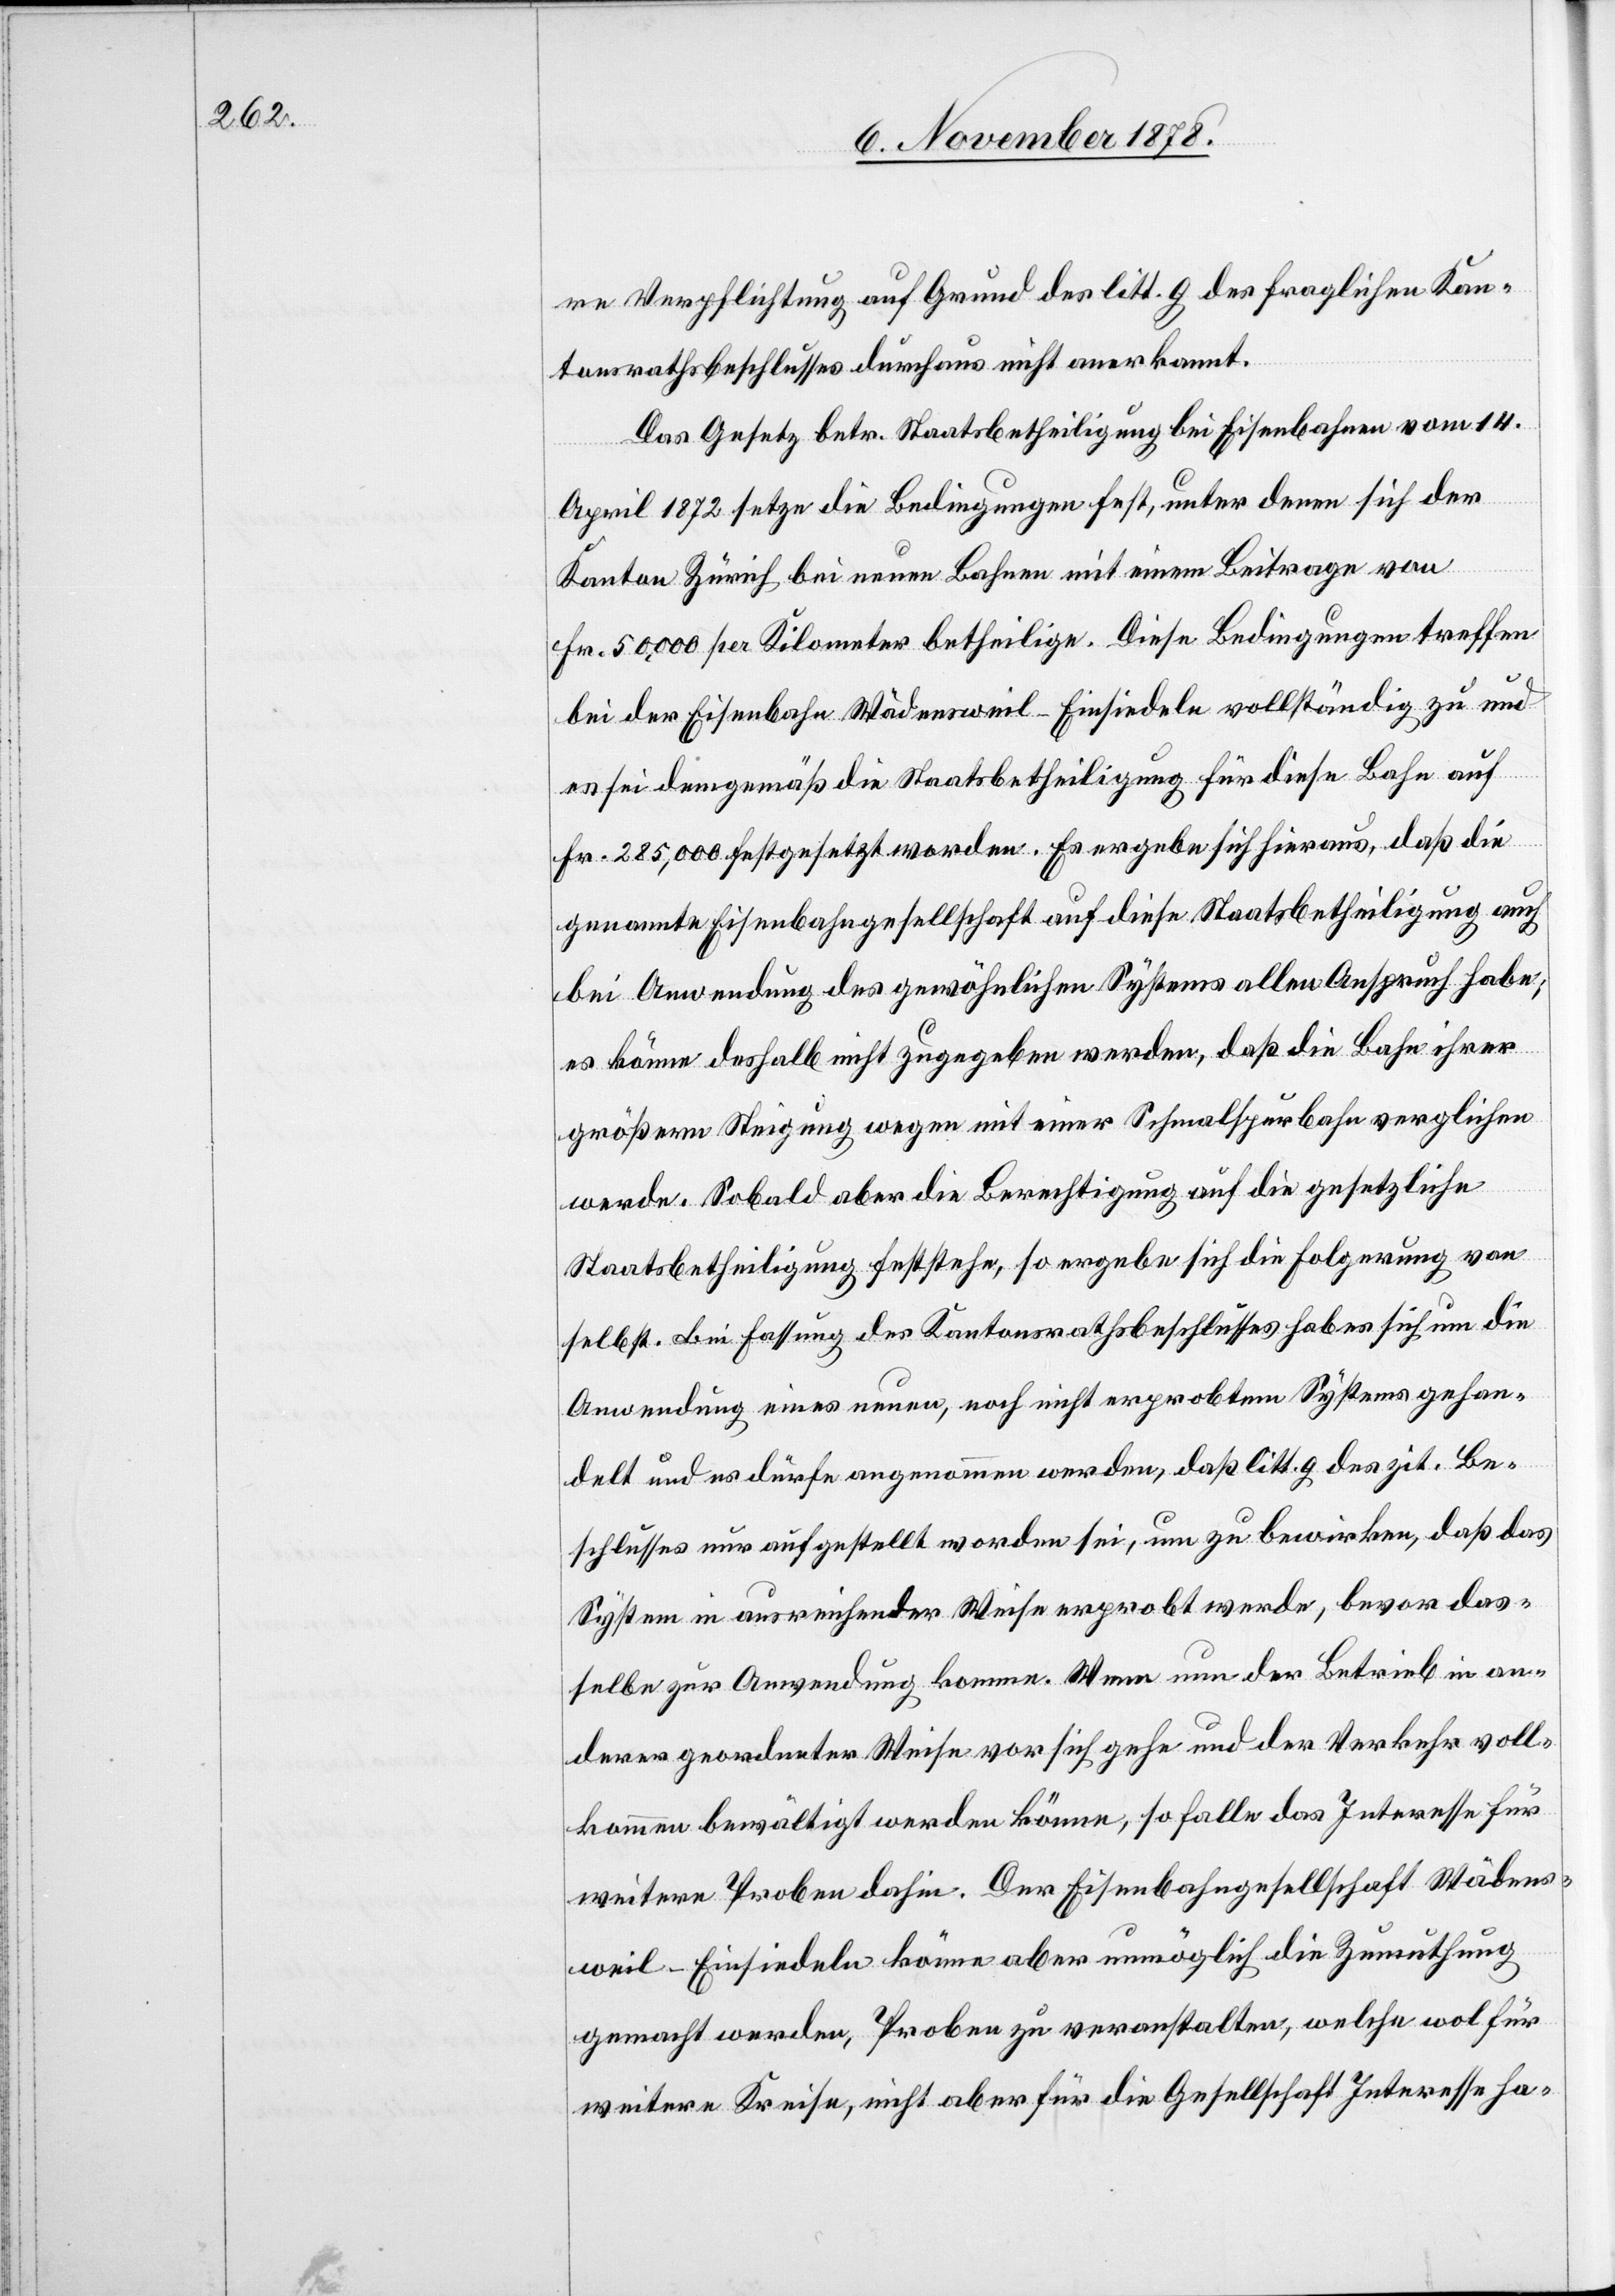
re Verpflichtung auf Grund des litt. g des fraglichen Kan¬
tonsrathsbeschlusses durchaus nicht anerkannt.
Das Gesetz betr. Staatsbetheiligung bei Eisenbahnen vom 14.
April 1872 setzte die Bedingungen fest, unter denen sich der
Kanton Zürich bei neuen Bahnen mit einem Beitrage von
Fr. 50,000 per Kilometer betheilige. Diese Bedingungen treffen
bei der Eisenbahn Wädensweil–Einsiedeln vollständig zu und
es sei demgemäß die Staatsbetheiligung für diese Bahn auf
Fr. 285,000 festgesetzt worden. Es ergebe sich hieraus, das die
genannte Eisenbahngesellschaft auf diese Staatsbetheiligung auch
bei Anwendung des gewöhnlichen Systems allen Anspruch habe;
es könne deshalb nicht zugegeben werden, daß die Bahn ihrer
größern Steigung wegen mit einer Schmalspurbahn verglichen
werde. Sobald aber die Berechtigung auf die gesetzliche
Staatsbetheiligung feststehe, so ergebe sich die Folgerung von
selbst. Bei Fassung des Kantonsrathsbeschlusses hab[e] es sich um die
Anwendung eines neuen, noch nicht erprobten Systems gehan¬
delt und es dürfe angenommen werden, daß litt. g. des zit. Be¬
schlusses nur aufgestellt worden sei, um zu bewirken, daß das
System in ausreichender Weise erprobt werde, bevor das¬
selbe zur Anwendung komme. Wenn nun der Betrieb in an¬
derer geordneter Weise vor sich gehe und der Verkehr voll¬
kommen bewältigt werden könne, so falle das Interesse für
weitere Proben dahin. Der Eisenbahngesellschaft Wädens¬
weil–Einsiedeln könne aber unmöglich die Zumuthung
gemacht werden, Proben zu veranstalten, welche wol für
weitere Kreise, nicht aber für die Gesellschaft Interesse ha-